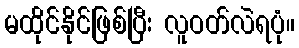
မထိုင်နိုင်ဖြစ်ပြီး လူဝတ်လဲရပုံ။